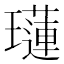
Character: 𤪼